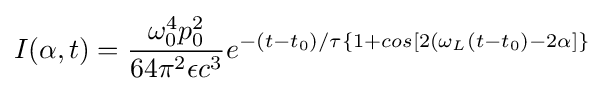
I(\alpha ,t)={\frac {\omega _{0}^{4}p_{0}^{2}}{64\pi ^{2}\epsilon c^{3}}}e^{-(t-t_{0})/\tau \{1+cos[2(\omega _{L}(t-t_{0})-2\alpha ]\}}